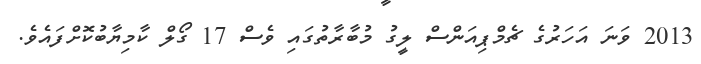
2013 ވަނަ އަހަރުގެ ޗެމްޕިއަންސް ލީގު މުބާރާތުގައި ވެސް 17 ގޯލް ކާމިޔާބުކޮށްފައެވެ.